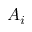
A _ { i }